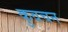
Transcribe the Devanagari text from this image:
कुवचन